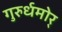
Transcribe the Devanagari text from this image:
गुरुर्धमोर्